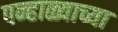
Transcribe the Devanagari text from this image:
पन्हाळ्याच्या